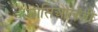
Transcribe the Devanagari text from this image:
सोसिओलॅजी